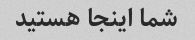
شما اینجا هستید